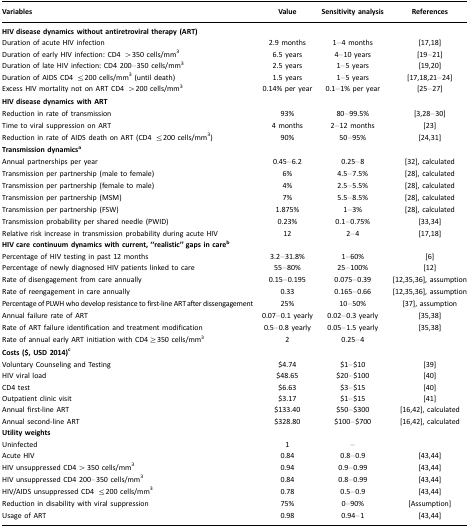
<table><thead><tr><td><b>Variables</b></td><td><b>Value</b></td><td><b>Sensitivity analysis</b></td><td><b>References</b></td></tr></thead><tbody><tr><td colspan="4"><b>HIV disease dynamics without antiretroviral therapy (ART)</b></td></tr><tr><td>Duration of acute HIV infection</td><td>2.9 months</td><td>1–4 months</td><td>[17,18]</td></tr><tr><td>Duration of early HIV infection: CD4 &gt;350 cells/mm<sup>3</sup></td><td>6.5 years</td><td>4–10 years</td><td>[19–21]</td></tr><tr><td>Duration of late HIV infection: CD4 200–350 cells/mm<sup>3</sup></td><td>2.5 years</td><td>1–5 years</td><td>[19,20]</td></tr><tr><td>Duration of AIDS CD4 ≤200 cells/mm<sup>3</sup> (until death)</td><td>1.5 years</td><td>1–5 years</td><td>[17,18,21–24]</td></tr><tr><td>Excess HIV mortality not on ART CD4 &gt;200 cells/mm<sup>3</sup></td><td>0.14% per year</td><td>0.1–1% per year</td><td>[25–27]</td></tr><tr><td colspan="4"><b>HIV disease dynamics with ART</b></td></tr><tr><td>Reduction in rate of transmission</td><td>93%</td><td>80–99.5%</td><td>[3,28–30]</td></tr><tr><td>Time to viral suppression on ART</td><td>4 months</td><td>2–12 months</td><td>[23]</td></tr><tr><td>Reduction in rate of AIDS death on ART (CD4 ≤200 cells/mm<sup>3</sup>)</td><td>90%</td><td>50–95%</td><td>[24,31]</td></tr><tr><td colspan="4"><b>Transmission dynamicsa</b></td></tr><tr><td>Annual partnerships per year</td><td>0.45–6.2</td><td>0.25–8</td><td>[32], calculated</td></tr><tr><td>Transmission per partnership (male to female)</td><td>6%</td><td>4.5–7.5%</td><td>[28], calculated</td></tr><tr><td>Transmission per partnership (female to male)</td><td>4%</td><td>2.5–5.5%</td><td>[28], calculated</td></tr><tr><td>Transmission per partnership (MSM)</td><td>7%</td><td>5.5–8.5%</td><td>[28], calculated</td></tr><tr><td>Transmission per partnership (FSW)</td><td>1.875%</td><td>1–3%</td><td>[28], calculated</td></tr><tr><td>Transmission probability per shared needle (PWID)</td><td>0.23%</td><td>0.1–0.75%</td><td>[33,34]</td></tr><tr><td>Relative risk increase in transmission probability during acute HIV</td><td>12</td><td>2–4</td><td>[17,18]</td></tr><tr><td colspan="4"><b>HIV care continuum dynamics with current, “realistic” gaps in careb</b></td></tr><tr><td>Percentage of HIV testing in past 12 months</td><td>3.2–31.8%</td><td>1–60%</td><td>[6]</td></tr><tr><td>Percentage of newly diagnosed HIV patients linked to care</td><td>55–80%</td><td>25–100%</td><td>[12]</td></tr><tr><td>Rate of disengagement from care annually</td><td>0.15–0.195</td><td>0.075–0.39</td><td>[12,35,36], assumption</td></tr><tr><td>Rate of reengagement in care annually</td><td>0.33</td><td>0.165–0.66</td><td>[12,35,36], assumption</td></tr><tr><td>Percentage of PLWH who develop resistance to first-line ART after dissengagement</td><td>25%</td><td>10–50%</td><td>[37], assumption</td></tr><tr><td>Annual failure rate of ART</td><td>0.07–0.1 yearly</td><td>0.02–0.3 yearly</td><td>[35,38]</td></tr><tr><td>Rate of ART failure identification and treatment modification</td><td>0.5–0.8 yearly</td><td>0.05–1.5 yearly</td><td>[35,38]</td></tr><tr><td>Rate of annual early ART initiation with CD4 ≥350 cells/mm<sup>3</sup></td><td>2</td><td>0.25–4</td><td></td></tr><tr><td colspan="4"><b>Costs ($, USD 2014)c</b></td></tr><tr><td>Voluntary Counseling and Testing</td><td>$4.74</td><td>$1–$10</td><td>[39]</td></tr><tr><td>HIV viral load</td><td>$48.65</td><td>$20–$100</td><td>[40]</td></tr><tr><td>CD4 test</td><td>$6.63</td><td>$3–$15</td><td>[40]</td></tr><tr><td>Outpatient clinic visit</td><td>$3.17</td><td>$1–$15</td><td>[41]</td></tr><tr><td>Annual first-line ART</td><td>$133.40</td><td>$50–$300</td><td>[16,42], calculated</td></tr><tr><td>Annual second-line ART</td><td>$328.80</td><td>$100–$700</td><td>[16,42], calculated</td></tr><tr><td colspan="4"><b>Utility weights</b></td></tr><tr><td>Uninfected</td><td>1</td><td>–</td><td></td></tr><tr><td>Acute HIV</td><td>0.84</td><td>0.8–0.9</td><td>[43,44]</td></tr><tr><td>HIV unsuppressed CD4 &gt;350 cells/mm<sup>3</sup></td><td>0.94</td><td>0.9–0.99</td><td>[43,44]</td></tr><tr><td>HIV unsuppressed CD4 200–350 cells/mm<sup>3</sup></td><td>0.84</td><td>0.8–0.99</td><td>[43,44]</td></tr><tr><td>HIV/AIDS unsuppressed CD4 ≤200 cells/mm<sup>3</sup></td><td>0.78</td><td>0.5–0.9</td><td>[43,44]</td></tr><tr><td>Reduction in disability with viral suppression</td><td>75%</td><td>0–90%</td><td>[Assumption]</td></tr><tr><td>Usage of ART</td><td>0.98</td><td>0.94–1</td><td>[43,44]</td></tr></tbody></table>